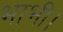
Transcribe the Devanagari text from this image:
भाभी।